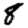
Digit: 8